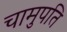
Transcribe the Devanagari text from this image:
चामुपति